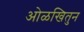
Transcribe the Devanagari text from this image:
ओळखितुन